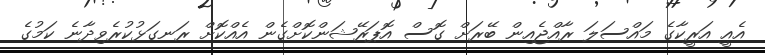
އެއީ އަރީކާގެ މައްސަލަ ރާއްޖެއިން ބޭރަށް ގޮސް އޮޕަރޭޝަންކޮށްގެން އެއްކޮށް ރަނގަޅުކުރެވިދާނެ ކަމުގެ